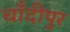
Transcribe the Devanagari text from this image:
चाँदीपुर